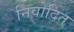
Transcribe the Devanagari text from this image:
निवोदित